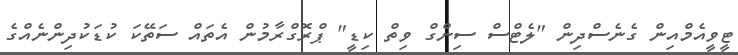
ޓީވީއެމްއިން ގެނެސްދިން "ލެޓްސް ސިންގް ވިތް ކިޑީ" ޕްރޮގްރާމުން އެތައް ސަތޭކަ ކުޑަކުދިންނެއްގެ